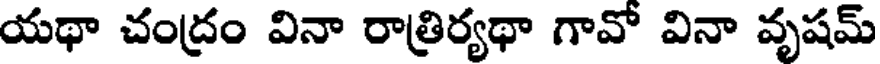
యథా చంద్రం వినా రాత్రిర్యథా గావో వినా వృషమ్